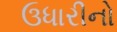
ઉધારીનો